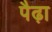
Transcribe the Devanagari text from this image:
पैढ़ा